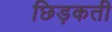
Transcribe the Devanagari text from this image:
छिड़कती